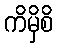
ကိမှိစိ